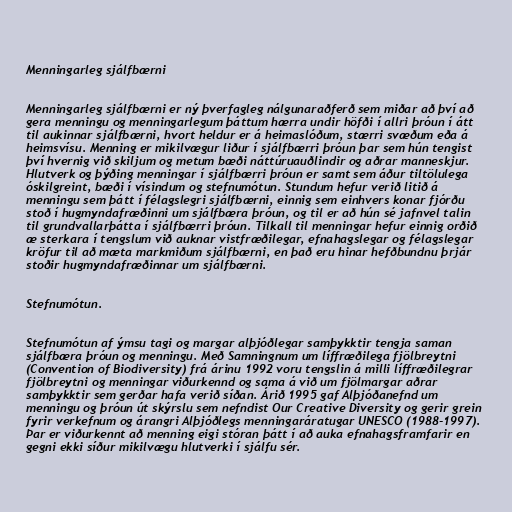
Menningarleg sjálfbærni

Menningarleg sjálfbærni er ný þverfagleg nálgunaraðferð sem miðar að því að
gera menningu og menningarlegum þáttum hærra undir höfði í allri þróun í átt
til aukinnar sjálfbærni, hvort heldur er á heimaslóðum, stærri svæðum eða á
heimsvísu. Menning er mikilvægur liður í sjálfbærri þróun þar sem hún tengist
því hvernig við skiljum og metum bæði náttúruauðlindir og aðrar manneskjur.
Hlutverk og þýðing menningar í sjálfbærri þróun er samt sem áður tiltölulega
óskilgreint, bæði í vísindum og stefnumótun. Stundum hefur verið litið á
menningu sem þátt í félagslegri sjálfbærni, einnig sem einhvers konar fjórðu
stoð í hugmyndafræðinni um sjálfbæra þróun, og til er að hún sé jafnvel talin
til grundvallarþátta í sjálfbærri þróun. Tilkall til menningar hefur einnig orðið
æ sterkara í tengslum við auknar vistfræðilegar, efnahagslegar og félagslegar
kröfur til að mæta markmiðum sjálfbærni, en það eru hinar hefðbundnu þrjár
stoðir hugmyndafræðinnar um sjálfbærni.

Stefnumótun.

Stefnumótun af ýmsu tagi og margar alþjóðlegar samþykktir tengja saman
sjálfbæra þróun og menningu. Með Samningnum um líffræðilega fjölbreytni
(Convention of Biodiversity) frá árinu 1992 voru tengslin á milli líffræðilegrar
fjölbreytni og menningar viðurkennd og sama á við um fjölmargar aðrar
samþykktir sem gerðar hafa verið síðan. Árið 1995 gaf Alþjóðanefnd um
menningu og þróun út skýrslu sem nefndist Our Creative Diversity og gerir grein
fyrir verkefnum og árangri Alþjóðlegs menningaráratugar UNESCO (1988-1997).
Þar er viðurkennt að menning eigi stóran þátt í að auka efnahagsframfarir en
gegni ekki síður mikilvægu hlutverki í sjálfu sér.